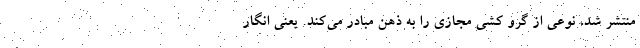
منتشر شد، نوعی از گرو کشی مجازی را به ذهن مبادر می‌کند. یعنی انگار